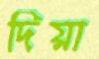
দিয়া